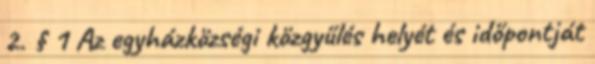
2. § 1 Az egyházközségi közgyűlés helyét és időpontját